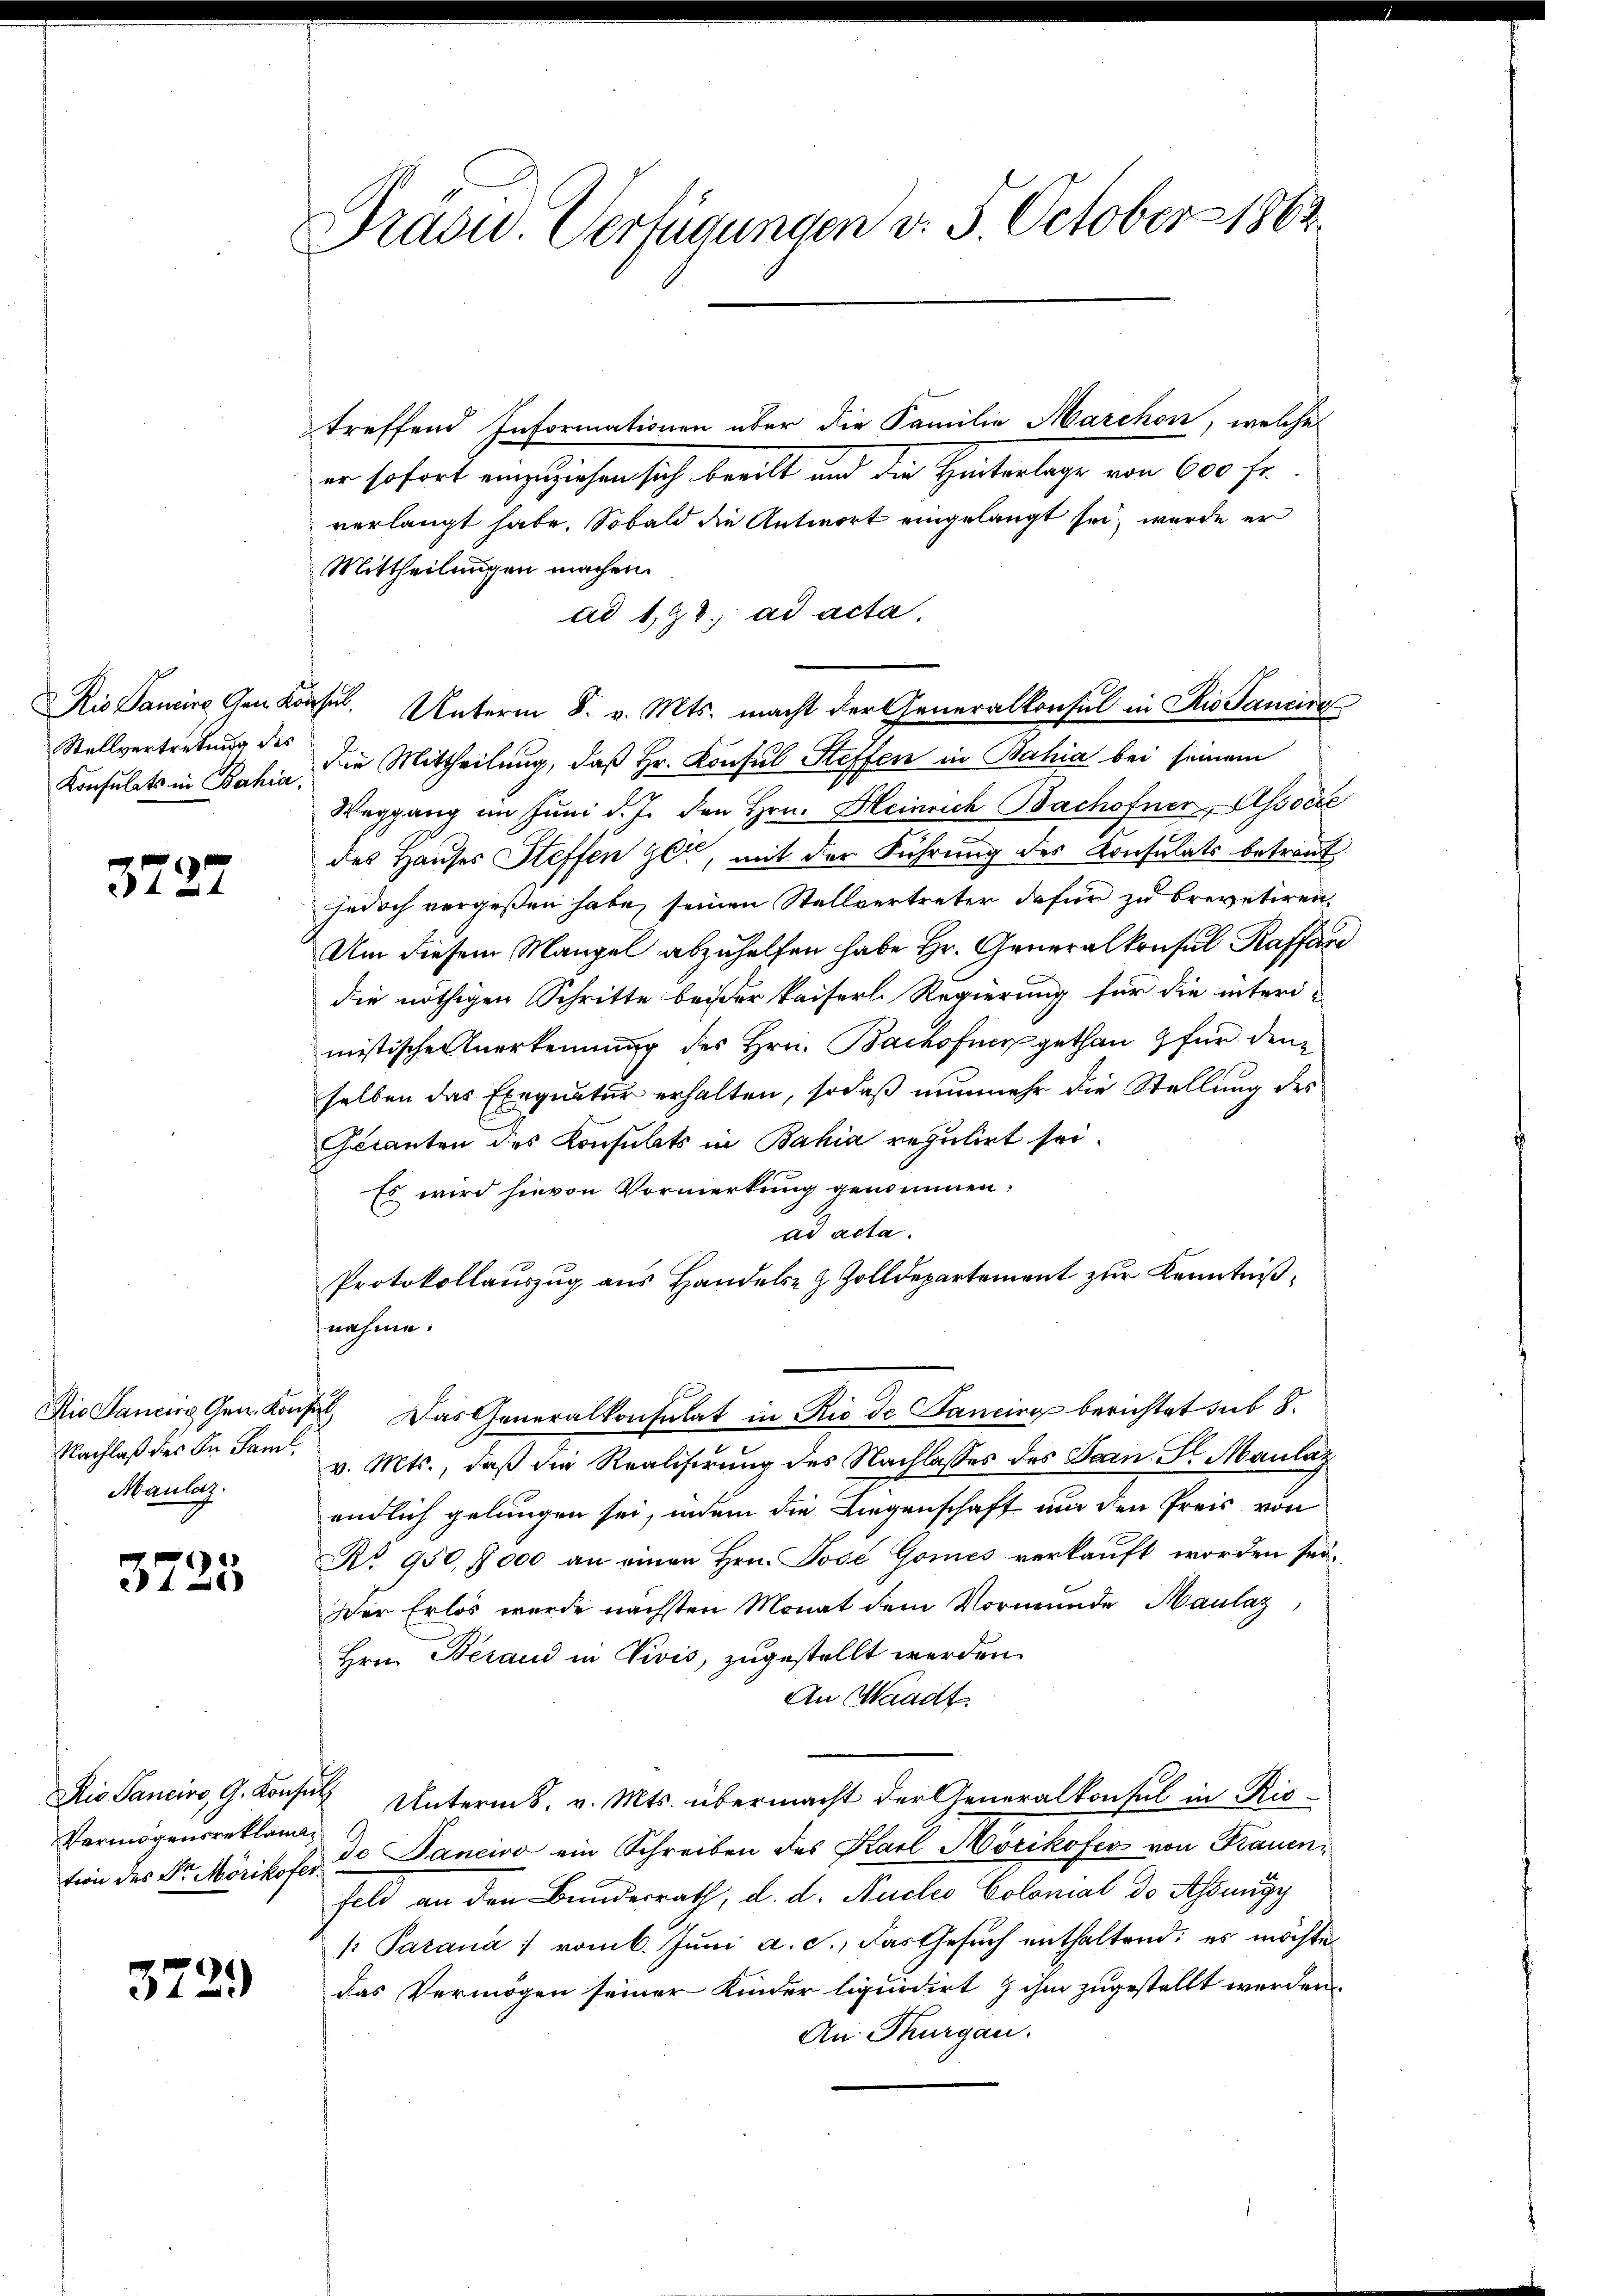
Stellvertretung des

3727

Nachlaß dies In Saml
Maulaz.

3725

Vermögensreklama¬

372.

Präsu. Verfügungen v. 5. October 1863.

treffend Informationen über die Familie Marchon, welches
er sofort einzuziehen sich beeilt und die Hinterlage von 600 fr.
verlangt habe. Sobald die Antwort eingelangt sei, wurde er
Mittheilungen machen.
ad 1,98. ad acta,
is Paniere Gem. Konsul, Unterm 8. v. Mts. macht der Generalkonsul in Rio Sander
Konsulats in Bahia die Mittheilŭng, daß Hr. Konsul Steffen in Bahia bei seinem
Weggang im Juni d. J. den Hrn. Heinrich Bachofner Associe
des Hauses Steffen ger, mit der Führung des Konsulats betreut
jedoch vergeßen habe, seinen Stellvertreter dafür zu brevetiren.
Um diesem Mangel abzuhelfen habe Hr. Generalkonsul Kaffend
die nöthigen Schritte beißer kaiserl. Regierung für die interi-
mistische Anerkennung des Hrn. Bachofner gethan & für den
selben das Exequatur erhalten, sodaß nunmehr die Stellung des
Geranten des Konsulats in Bahia regulirt sei.
Es wird hievon Vormerkung genommen.
ad acta.
Protokollauszug aus Handels- & Zolldepartement zur Kenntnißnahme:
Die Sancis Gen. Konst Das Generalkonsulat in Rio de Fancirg berichtet sub 8
v. Mts., daß die Realisirung des Nachlasses des Jean Sr. Maulaz
endlich gelungen sei, indem die Liegenschaft um den Preis von
No. 950, 7000 an einen Hrn. José Gomes verkauft worden sei¬
Der Erlös wurde nächsten Monat dem Vormunde Maulaz,
Hrn. Beraud in Vivis, zugestellt werden.
An Waadt
Rio Sancivo, G. Konsul Unterm 6. v. Mts. übermacht der Generalkonsul in Ris-
tion des Dr. Mörikofer de Sancivo ein Schreiben des Karl Hotikofer von Frauenfeld an den Bundesrath, d. d. Auclo Colomal de Aegy
/: Parana : vom 6. Jŭni a. c., das Gesŭch enthaltend: es möchte
das Vermögen seiner Kinder liquidirt & ihm zugestellt werden.
An Thurgau.